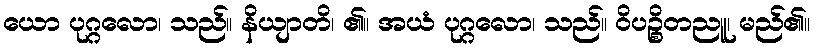
ယော ပုဂ္ဂလော၊ သည်။ နိယျာတိ၊ ၏။ အယံ ပုဂ္ဂလော၊ သည်။ ဝိပဉ္စိတညူ၊ မည်၏။